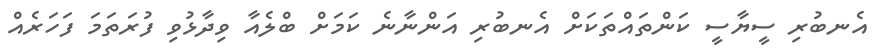
އެނބުރި ސީޔާސީ ކަންތައްތަކަށް އެނބުރި އަންނާނެ ކަމަށް ބްލެއާ ވިދާޅުވި ފުރަތަމަ ފަހަރެއް